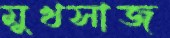
মুখসাজ